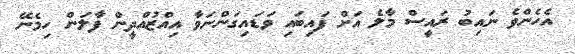
އެހެންވެ ނައިބު ރައީސް މާލެ އަށް ފައިބައި ވަޑައިގަންނަވާ އިއްޒުއްދީން ފާލަން ހިމެނޭ